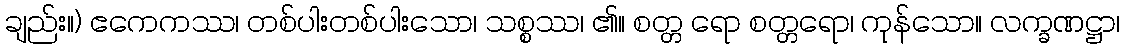
ချည်း။) ဧကေကဿ၊ တစ်ပါးတစ်ပါးသော၊ သစ္စဿ၊ ၏။ စတ္တ ရော စတ္တရော၊ ကုန်သော။ လက္ခဏဋ္ဌာ၊